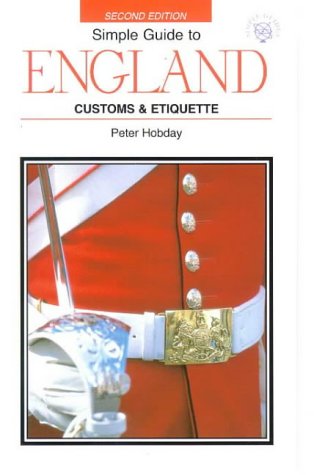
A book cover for Simple Guide to England: Customs & Etiquette (Simple Guides); Peter Hobday; Travel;